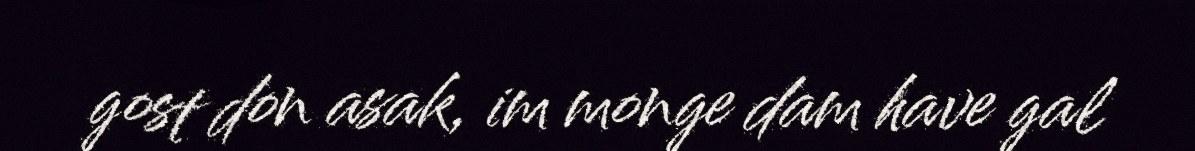
gost don asak, im monge dam have gal